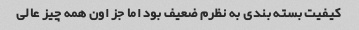
کیفیت بسته بندی به نظرم ضعیف بود اما جز اون همه چیز عالی